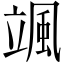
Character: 颯